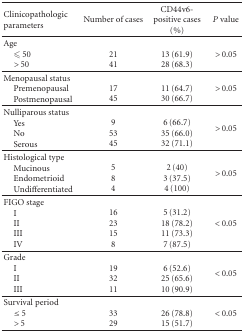
<table><thead><tr><td><b> Clinicopathologic parameters</b></td><td><b>Number of cases</b></td><td><b>CD44v6-positive cases (%)</b></td><td><b><i>P</i> value</b></td></tr></thead><tbody><tr><td>Age <i>⩽</i> 50 &gt; 50</td><td>2141</td><td>13 (61.9)28 (68.3)</td><td>&gt; 0.05 </td></tr><tr><td>Menopausal status Premenopausal Postmenopausal</td><td>1745</td><td>11 (64.7)30 (66.7)</td><td>&gt; 0.05 </td></tr><tr><td>Nulliparous status Yes No Serous</td><td>95345</td><td>6 (66.7)35 (66.0)32 (71.1)</td><td>&gt; 0.05 </td></tr><tr><td>Histological type Mucinous Endometrioid Undifferentiated</td><td>584</td><td>2 (40)3 (37.5)4 (100)</td><td>&gt; 0.05 </td></tr><tr><td>FIGO stage I II III IV</td><td>1623158</td><td>5 (31.2)18 (78.2)11 (73.3)7 (87.5)</td><td> &lt; 0.05</td></tr><tr><td>Grade I II III</td><td>193211</td><td>6 (52.6)25 (65.6)10 (90.9)</td><td>&lt; 0.05</td></tr><tr><td>Survival period ≤ 5 &gt; 5</td><td>3329</td><td>26 (78.8)15 (51.7)</td><td>&lt; 0.05</td></tr></tbody></table>